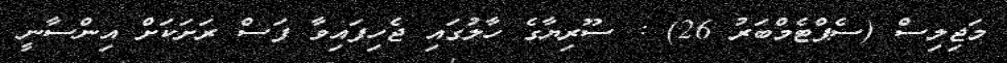
މަޖިލިސް (ސެޕްޓެމްބަރު 26) : ސޫރިޔާގެ ހާލުގައި ޖެހިފައިވާ ފަސް ރަށަކަށް އިންސާނީ